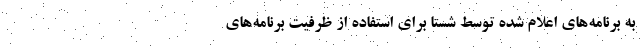
به برنامه‌های اعلام شده توسط شستا برای استفاده از ظرفیت برنامه‌های